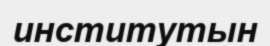
институтын